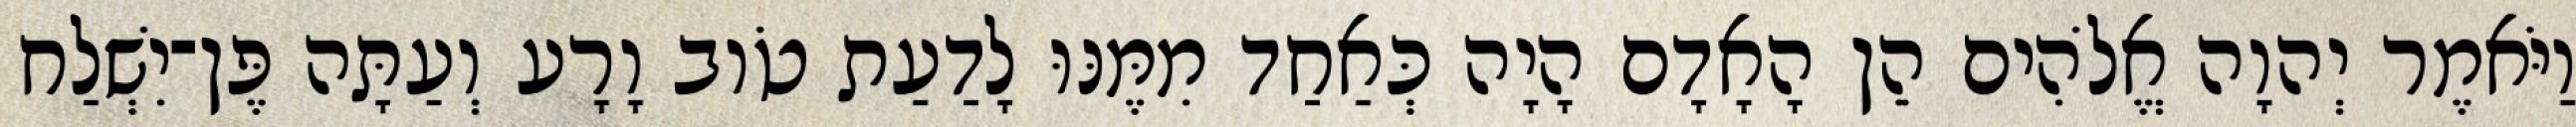
וַיֹּאמֶר יְהוָה אֱלֹהִים הֵן הָאָדָם הָיָה כְּאַחַד מִמֶּנּוּ לָדַעַת טֹוב וָרָע וְעַתָּה פֶּן־יִשְׁלַח